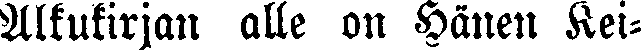
Alkukirjan alle on Hänen Kei-